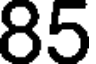
85